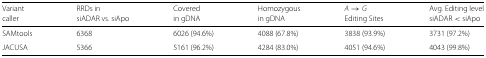
<table><thead><tr><td><b>Variant</b></td><td><b>RRDs in</b></td><td><b>Covered</b></td><td><b>Homozygous</b></td><td><b><i>A</i>→<i>G</i></b></td><td><b>Avg. Editing level</b></td></tr><tr><td><b>caller</b></td><td><b>siADAR vs. siApo</b></td><td><b>in gDNA</b></td><td><b>in gDNA</b></td><td><b>Editing Sites</b></td><td><b>siADAR &lt; siApo</b></td></tr></thead><tbody><tr><td>SAMtools</td><td>6368</td><td>6026 (94.6%)</td><td>4088 (67.8%)</td><td>3838 (93.9%)</td><td>3731 (97.2%)</td></tr><tr><td>JACUSA</td><td>5366</td><td>5161 (96.2%)</td><td>4284 (83.0%)</td><td>4051 (94.6%)</td><td>4043 (99.8%)</td></tr></tbody></table>